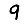
Digit: 9